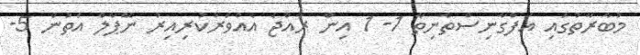
މުބާރާތުގައި އަފްގާނިސްތާނިތާ 1- 1 އިން ރާއްޖެ އެއްވަރުކުރިއިރު ނޭޕާލް އަތުން 5-